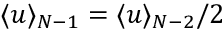
\langle u \rangle _ { N - 1 } = \langle u \rangle _ { N - 2 } / 2